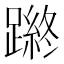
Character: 𨄿